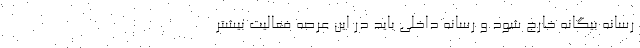
رسانه بیگانه خارج شود و رسانه داخلی باید در این عرصه فعالیت بیشتر